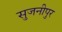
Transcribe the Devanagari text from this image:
सुजनीपुर